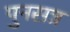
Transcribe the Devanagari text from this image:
पुनसत्र